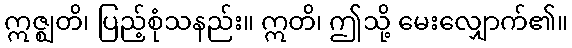
ဣဇ္ဈတိ၊ ပြည့်စုံသနည်း။ ဣတိ၊ ဤသို့ မေးလျှောက်၏။